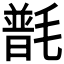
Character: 𣯽